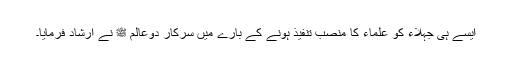
ایسے ہی جہلاء کو علماء کا منصب تنفیذ ہونے کے بارے میں سرکار دوعالم ﷺ نے ارشاد فرمایا۔